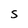
Character: S